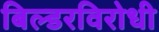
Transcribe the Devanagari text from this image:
बिल्डरविरोधी